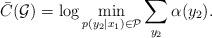
LaTeX: \begin{align*}\bar{C}(\mathcal G)= \log\min_{p(y_2|x_1)\in \mathcal{P}}\sum_{y_2}\alpha({y_2}).\end{align*}